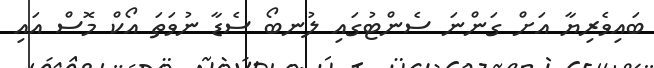
ބައިވެރިޔާ އަށް ގަންނަ ސެންޓުގައި ލުނބޯ ސެޑާ ނުވަތަ އޯކް މޮސް އައި